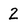
Character: 2